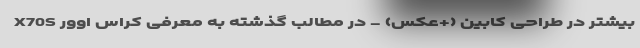
بیشتر در طراحی کابین (+عکس) - در مطالب گذشته به معرفی کراس اوور X70S